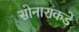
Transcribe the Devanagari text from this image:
सोनाराकडे